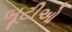
બૂટીઓ